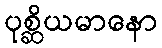
ပုစ္ဆိယမာနော